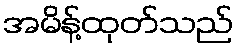
အမိန့်ထုတ်သည်